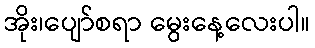
အိုး၊ပျော်စရာ မွေးနေ့လေးပါ။